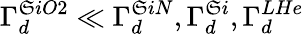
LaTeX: \Gamma_{d}^{\mathfrak{S}iO2}\ll\Gamma_{d}^{\mathfrak{S}iN},\Gamma_{d}^{\mathfrak{S}i},\Gamma_{d}^{LHe}